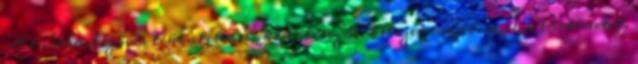
A történetszövés tekintetében kísérletezős: kétszer mesélem el a történetet.